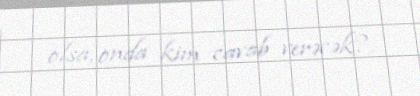
olsa, onda kim cavab verəcək?.